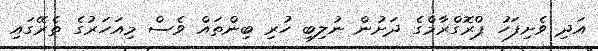
އަދި ވެށިފަހު ޕްރޮގްރާމްގެ ދަށުން ނުލިބި ހުރި ބިންތައް ވެސް މިއަހަރުގެ ތެރޭގައި